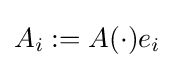
A_{i}:=A(\cdot )e_{i}